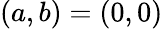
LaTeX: (a,b)=(0,0)